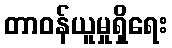
တာဝန်ယူမှုရှိရေး